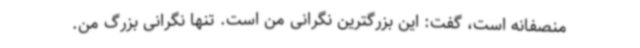
منصفانه است، گفت: این بزرگترین نگرانی من است. تنها نگرانی بزرگ من.